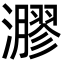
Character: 㶀